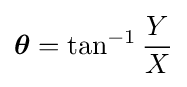
{\boldsymbol {\theta }}=\tan ^{-1}{\frac {Y}{X}}